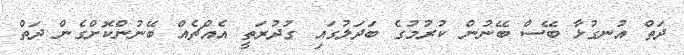
ދަތް އުނގުޅާ ބޭސް ބޭނުން ކުރުމުގެ ބަދަލުގައި ގުދުރަތީ އެއްޗެއް ބޭނުންކޮށްގެން ދަތް